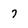
Character: 7